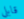
قابلي